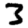
Digit: 3